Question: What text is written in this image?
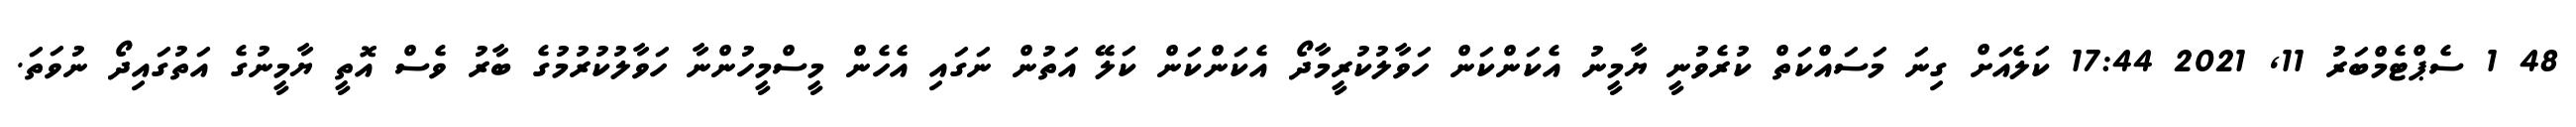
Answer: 48 1 ސެޕްޓެމްބަރު 11, 2021 17:44 ކަލެއަށް ގިނަ މަސައްކަތް ކުރެވުނީ ޔާމީނު އެކަންކަން ހަވާލުކުރީމާދޯ އެކަންކަން ކަލޭ އަތުން ނަގައި އެހެން މީސްމީހުންނާ ހަވާލުކުރުމުގެ ބާރު ވެސް އޮތީ ޔާމީނުގެ އަތުގައިދޯ ނުވަތަ.